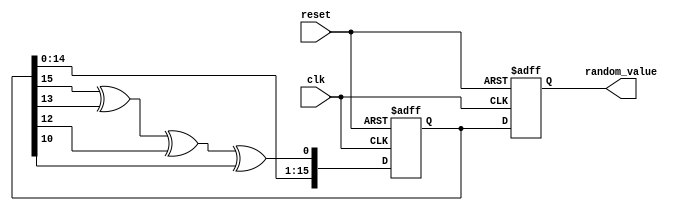
module random_initialization (
    input wire clk,                  // Clock signal
    input wire reset,                // Asynchronous reset signal
    output reg [15:0] random_value   // 16-bit random value output
);

    // LFSR seed initialization
    reg [15:0] lfsr;                 // 16-bit LFSR register
    wire lfsr_feedback;              // Feedback bit for LFSR

    // LFSR feedback polynomial (x^16 + x^14 + x^13 + x^11 + 1)
    assign lfsr_feedback = lfsr[15] ^ lfsr[13] ^ lfsr[12] ^ lfsr[10];

    // Initial seed value
    initial begin
        lfsr = 16'hACE1; // Example seed value; can be changed as needed
    end

    // Random value generation process
    always @(posedge clk or posedge reset) begin
        if (reset) begin
            // Reset the LFSR and random value
            lfsr <= 16'hACE1; // Reinitialize seed on reset
            random_value <= 16'b0; // Clear the random value
        end else begin
            // Shift the LFSR and generate the next random value
            lfsr <= {lfsr[14:0], lfsr_feedback}; // Shift and insert feedback
            random_value <= lfsr; // Update random_value output
        end
    end

endmodule